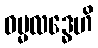
ဓမ္မလဒ္ဓေဟိ